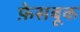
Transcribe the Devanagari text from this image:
फ़ेसबूक